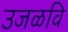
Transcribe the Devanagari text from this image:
उजळवि